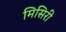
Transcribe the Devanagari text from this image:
मिसिरी